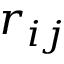
r _ { i j }